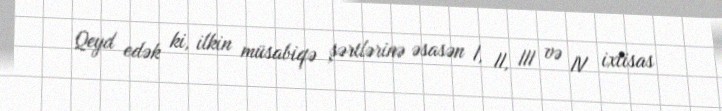
Qeyd edək ki, ilkin müsabiqə şərtlərinə əsasən I, II, III və IV ixtisas